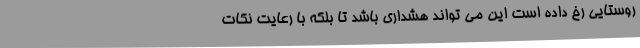
روستایی رخ داده است این می تواند هشداری باشد تا بلکه با رعایت نکات